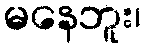
မနေဘူး၊